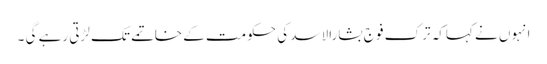
انہوں نے کہاکہ ترک فو ج بشارالاسد کی حکومت کے خاتمے تک لڑتی رہے گی ۔